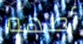
أطهو